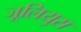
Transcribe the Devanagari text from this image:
जूलियुस